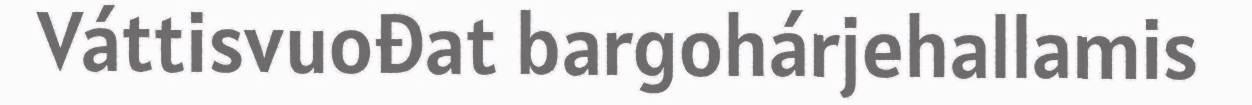
Váttisvuođat bargohárjehallamis